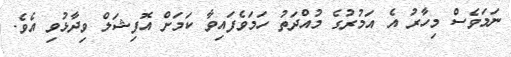
ނަމަވެސް މިހާރު އެ އަމުރުގެ މުއްދަތު ހަމަވެފައިވާ ކަމަށް އޮފިޝަލް ވިދާޅުވި އެވެ.